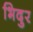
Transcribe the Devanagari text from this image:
भिदुर